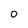
Character: O